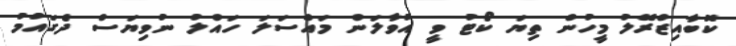
ކޮބާއިޒްރޭލު މީހުން ތިޔަ ކޯޓު ވީ އުވާލަން މައްސަލަ ހައްލު ނުވިޔަސް ދެގައުމު